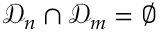
\mathcal { D } _ { n } \cap \mathcal { D } _ { m } = \emptyset